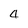
Character: 4